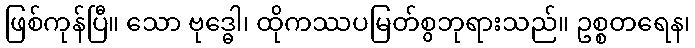
ဖြစ်ကုန်ပြီ။ သော ဗုဒ္ဓေါ၊ ထိုကဿပမြတ်စွဘုရားသည်။ ဥစ္စတရေန၊